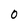
Character: 0